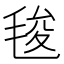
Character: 𭯚